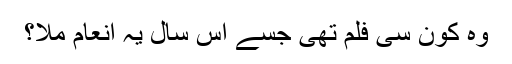
وہ کون سی فلم تھی جسے اس سال یہ انعام ملا؟